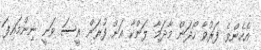
އެހެންވެ ފަރުވާ ހޯދަން މާދަމާ ލަންކާ އަށް ފުރަން އީސަ ވަނީ ނިންމައިފަ